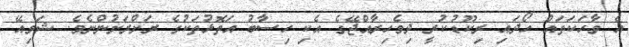
އެ ވާހަކަތައް ހޯދައި ރިކޫޑުކުރީ ދިވެހިރާއްޖޭގެ އެކި ހިސާބު އަތޮޅުތަކުގެ ރަށްރަށުންނެވެ. ޝަވިއޭ